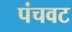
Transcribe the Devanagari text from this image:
पंचवट